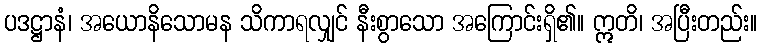
ပဒဋ္ဌာနံ၊ အယောနိသောမန သိကာရလျှင် နီးစွာသော အကြောင်းရှိ၏။ ဣတိ၊ အပြီးတည်း။